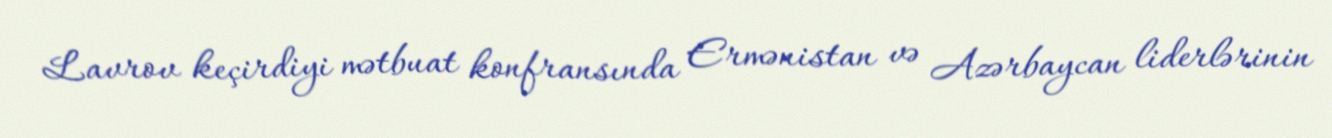
Lavrov keçirdiyi mətbuat konfransında Ermənistan və Azərbaycan liderlərinin